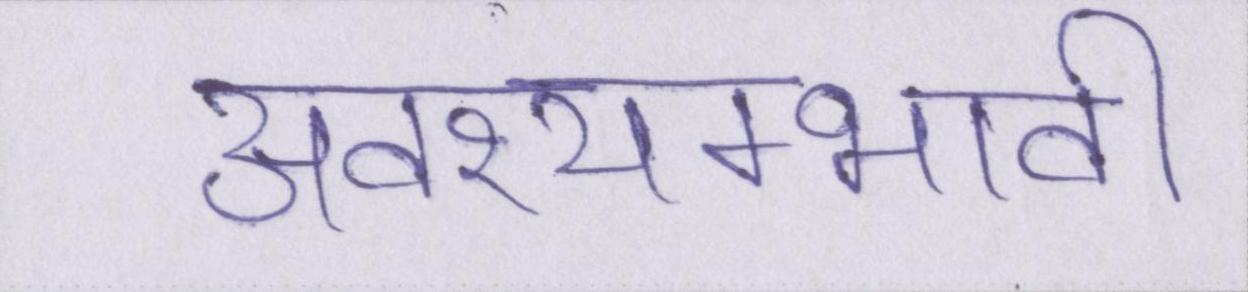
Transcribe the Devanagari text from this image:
अवश्यम्भावी